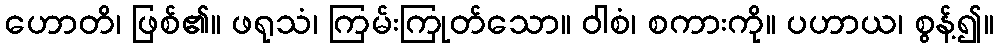
ဟောတိ၊ ဖြစ်၏။ ဖရုသံ၊ ကြမ်းကြုတ်သော။ ဝါစံ၊ စကားကို။ ပဟာယ၊ စွန့်၍။